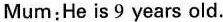
Mum: He is 9 years old.